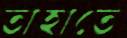
তাহাতে